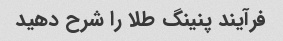
فرآیند پنینگ طلا را شرح دهید